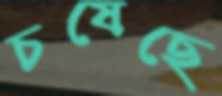
চষেছে